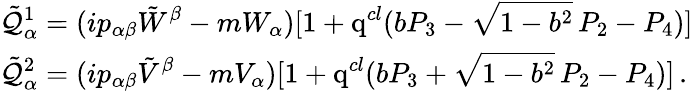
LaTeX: \begin{array}{l}{{\displaystyle\displaystyle\tilde{\cal Q}_{\alpha}^{1}=(ip_{\alpha\beta}\tilde{W}^{\beta}-mW_{\alpha})[1+\mathrm{q}^{cl}(bP_{3}-\sqrt{1-b^{2}}\, P_{2}-P_{4})]}}\\ {{\displaystyle\tilde{\cal Q}_{\alpha}^{2}=(ip_{\alpha\beta}\tilde{V}^{\beta}-mV_{\alpha})[1+\mathrm{q}^{cl}(bP_{3}+\sqrt{1-b^{2}}\, P_{2}-P_{4})]\, .}}\end{array}